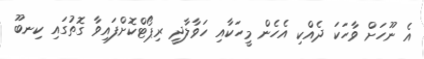
އެ ނޫހަށް ވާހަކަ ދެއްކި އެހެން މީހަކާއި ހަވާލާދީ ރިޕޯޓްކޮށްފައިވާ ގޮތުގައި ކިނބޫ